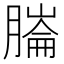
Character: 𦟹